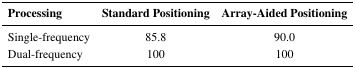
<table><thead><tr><td><b>Processing</b></td><td><b>Standard Positioning</b></td><td><b>Array-Aided Positioning</b></td></tr></thead><tbody><tr><td>Single-frequency</td><td>85.8</td><td>90.0</td></tr><tr><td>Dual-frequency</td><td>100</td><td>100</td></tr></tbody></table>